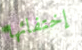
إختفائها